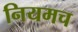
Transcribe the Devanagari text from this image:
नियमच